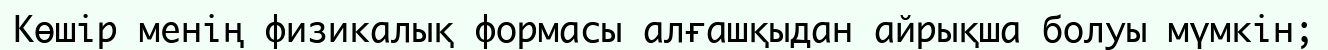
Көшір менің физикалық формасы алғашқыдан айрықша болуы мүмкін;